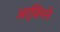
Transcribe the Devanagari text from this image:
अर्विनने